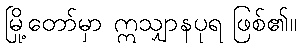
မြို့တော်မှာ ဣသျှာနပုရ ဖြစ်၏။